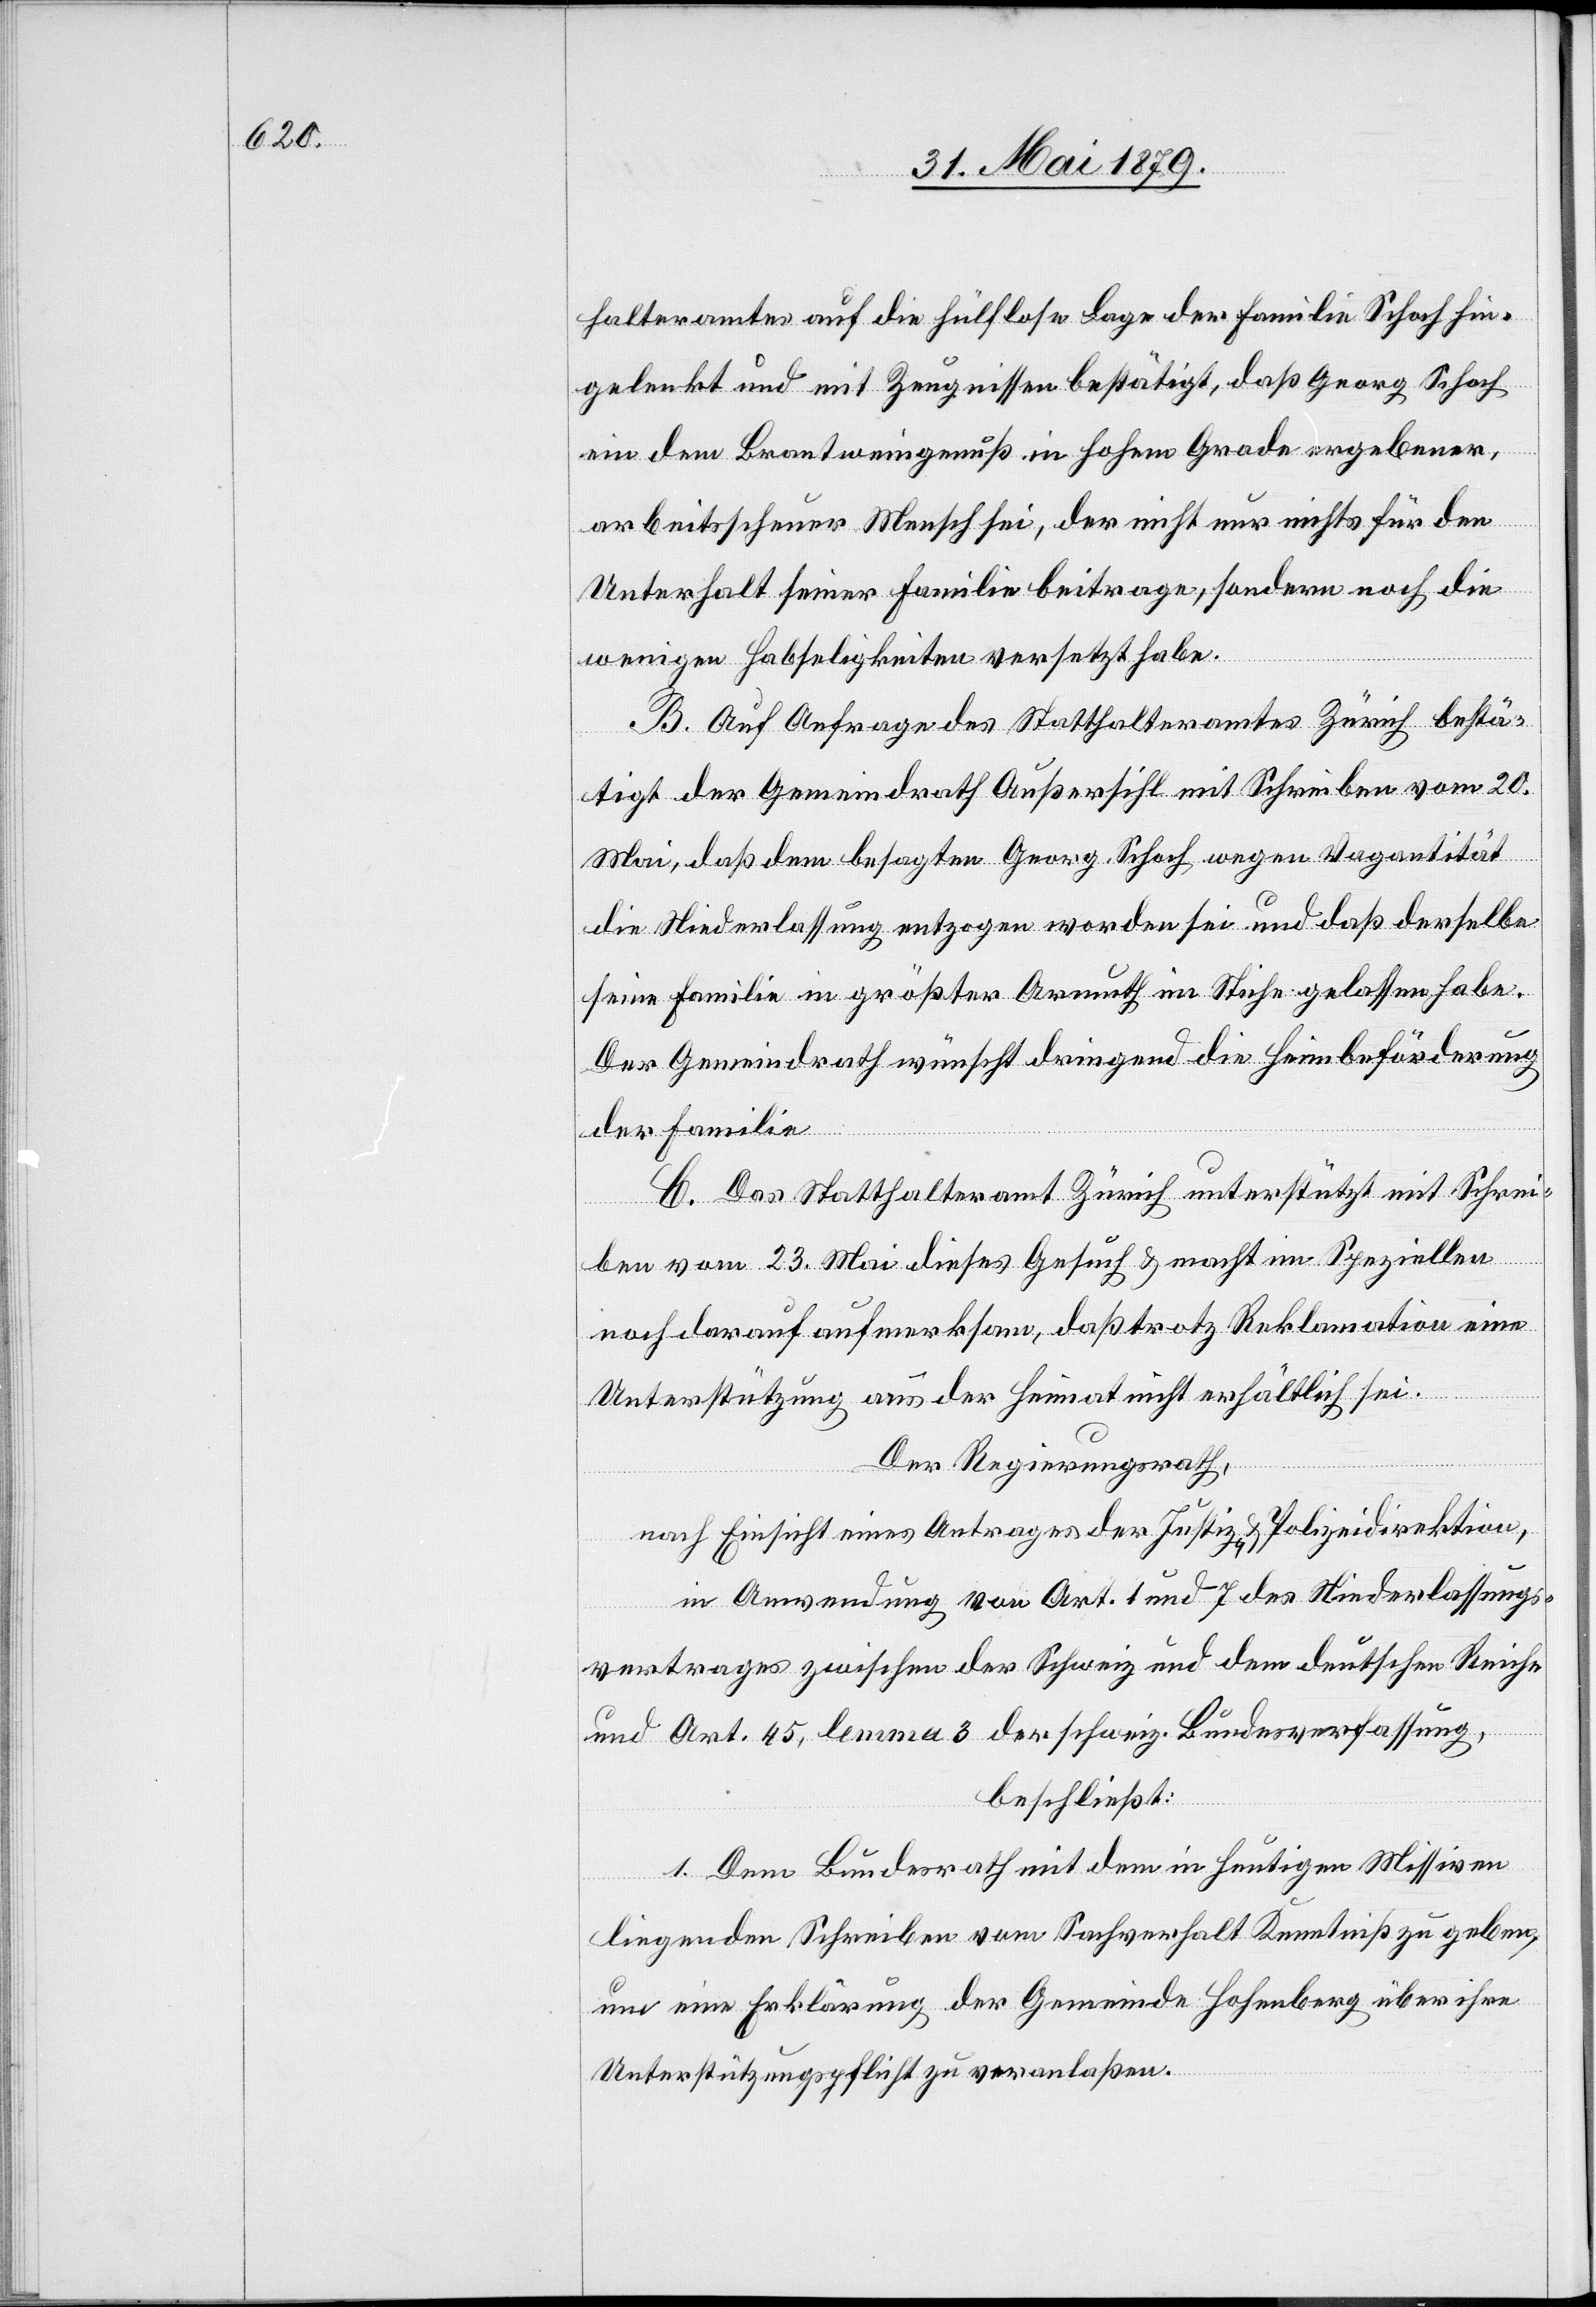
halteramtes auf die hülflose Lage der Familie Schoch hin¬
gelenkt und mit Zeugnissen bestätigt, daß Georg Schoch
ein dem Brantweingenuß in hohem Grade ergebener,
arbeitsscheuer Mensch sei, der nicht nur nichts für den
Unterhalt seiner Familie beitrage, sondern noch die
wenigen Habseligkeiten versetzt habe.
B. Auf Anfrage des Statthalteramtes Zürich bestä¬
tigt der Gemeindrath Außersihl mit Schreiben vom 20.
Mai, daß dem besagten Georg Schoch wegen Vagantität
die Niederlassung entzogen worden sei und daß derselbe
seine Familie in größter Armuth im Stiche gelassen habe.
Der Gemeindrath wünscht dringend die Heimbeförderung
der Familie[.]
C. Das Statthalteramt Zürich unterstützt mit Schrei¬
ben vom 23. Mai dieses Gesuch & macht im Speziellen
noch darauf aufmerksam, daß trotz Reklamation eine
Unterstützung aus der Heimat nicht erhältlich sei.
Der Regierungsrath,
nach Einsicht eines Antrages der Justiz- & Polizeidirektion,
in Anwendung von Art. 1 und 7 des Niederlassungs¬
vertrages zwischen der Schweiz und dem deutschen Reiche
und Art. 45, lemma 3 der schweiz. Bundesverfassung,
beschließt:
1. Dem Bundesrath mit dem in heutigen Missiven
liegenden Schreiben vom Sachverhalt Kenntniß zu geben,
und eine Erklärung der Gemeinde Hohenberg über ihre
Unterstützungspflicht zu veranlaßen.